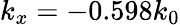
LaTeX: k_{x}=-0.598k_{0}